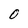
Character: 0